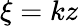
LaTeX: \xi=kz